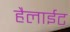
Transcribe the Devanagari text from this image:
हैलाईट